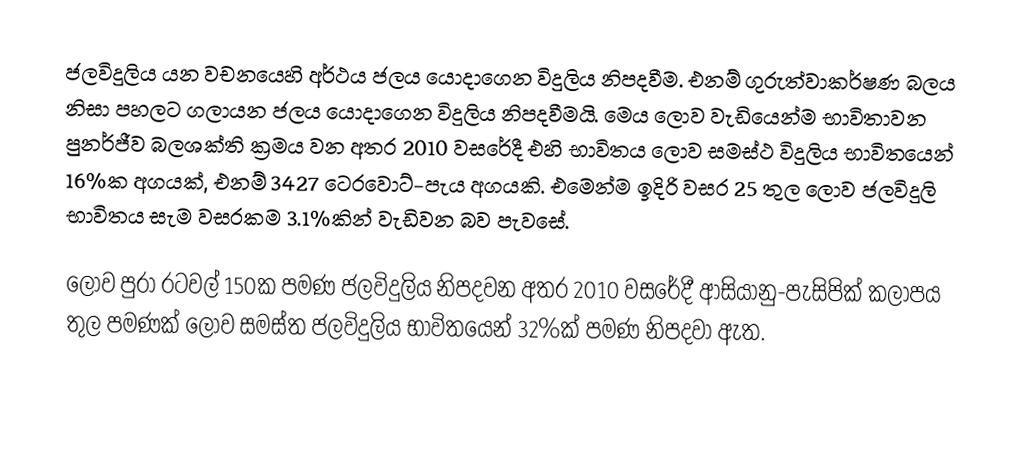
ජලවිදුලිය යන වචනයෙහි අර්ථය ජලය යොදාගෙන විදුලිය නිපදවීම. එනම් ගුරුත්වාකර්ෂණ බලය නිසා පහලට ගලායන ජලය යොදාගෙන විදුලිය නිපදවීමයි. මෙය ලොව වැඩියෙන්ම භාවිතාවන පුනර්ජීව බලශක්ති ක්‍රමය වන අතර 2010 වසරේදී එහි භාවිතය ලොව සමස්ථ විදුලිය භාවිතයෙන් 16%ක අගයක්, එනම් 3427 ටෙරවොට්-පැය අගයකි. එමෙන්ම ඉදිරි වසර 25 තුල ලොව ජලවිදුලි භාවිතය සැම වසරකම 3.1%කින් වැඩිවන බව පැවසේ.

ලොව පුරා රටවල් 150ක පමණ ජලවිදුලිය නිපදවන අතර 2010 වසරේදී ආසියානු-පැසිපික් කලාපය තුල පමණක් ලොව සමස්ත ජලවිදුලිය භාවිතයෙන් 32%ක් පමණ නිපදවා ඇත.